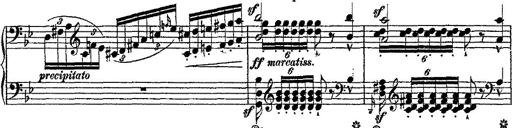
Title: Fantaisie romantique sur deux mÃ©lodies suisses
Composer: Franz Liszt